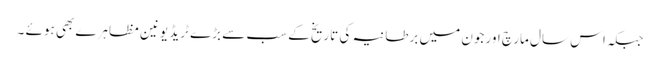
جبکہ اس سال مارچ اور جون میں برطانیہ کی تاریخ کے سب سے بڑے ٹریڈ یونین مظاہرے بھی ہوئے ۔